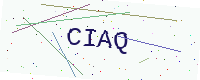
Text: CIAQ